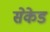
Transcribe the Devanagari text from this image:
सेकेडं